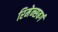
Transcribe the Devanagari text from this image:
रिमेन्सबर्ग